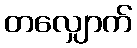
တလျှောက်